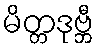
မိတ္တဒုဗ္ဘီ